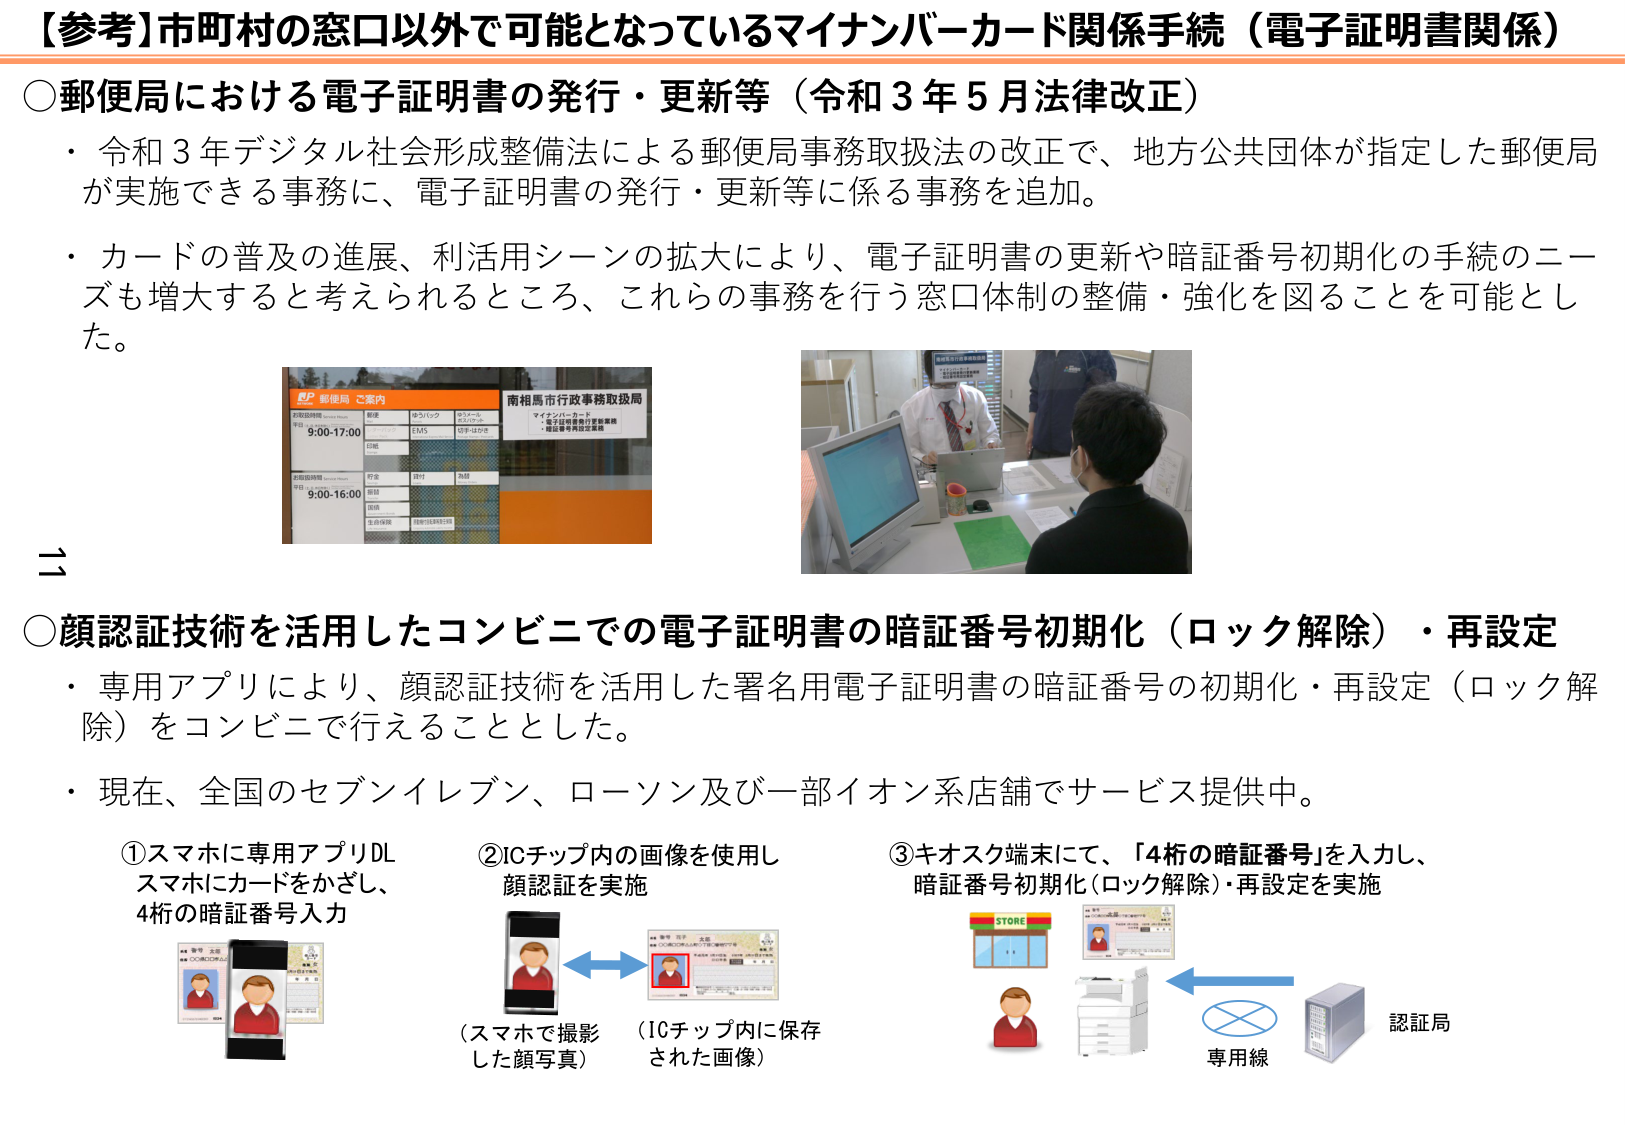
【参考】市町村の窓口以外で可能となっているマイナンバーカード関係手続（電子証明書関係）

○郵便局における電子証明書の発行・更新等（令和３年５月法律改正）
・令和３年デジタル社会形成整備法による郵便局事務取扱法の改正で、地方公共団体が指定した郵便局が実施できる事務に、電子証明書の発行・更新等に係る事務を追加。
・カードの普及の進展、利活用シーンの拡大により、電子証明書の更新や暗証番号初期化の手続のニーズも増大すると考えられるところ、これらの事務を行う窓口体制の整備・強化を図ることを可能とした。

BP 郵便局 ご案内
お取扱時間
平日 9:00-17:00
郵便
ゆうパック
宅配便
EMS
ゆうゆうメルカリ
南相馬市行政事務取扱局
マイナンバーカード
・電子証明書発行更新業務
・暗証番号初期化業務
お取扱時間
平日 9:00-16:00
印鑑
預金
貸付
為替
国税
生命保険
特別徴収納付金

○顔認証技術を活用したコンビニでの電子証明書の暗証番号初期化（ロック解除）・再設定
・専用アプリにより、顔認証技術を活用した署名用電子証明書の暗証番号の初期化・再設定（ロック解除）をコンビニで行えることとした。
・現在、全国のセブンイレブン、ローソン及び一部イオン系店舗でサービス提供中。

①スマホに専用アプリDL
スマホにカードをかざし、
4桁の暗証番号入力

②ICチップ内の画像を使用し
顔認証を実施
（スマホで撮影した顔写真）
（ICチップ内に保存された画像）

③キオスク端末にて、「4桁の暗証番号」を入力し、
暗証番号初期化（ロック解除）・再設定を実施
STORE
認証局
専用線